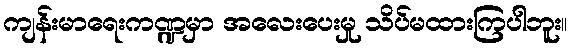
ကျန်းမာရေးကဏ္ဍမှာ အလေးပေးမှု သိပ်မထားကြပါဘူး။